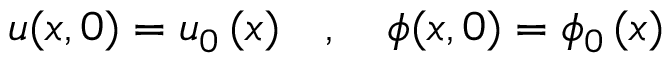
u ( x , 0 ) = { u _ { 0 } } \, ( x ) \quad , \quad \phi ( x , 0 ) = { \phi _ { 0 } } \, ( x )